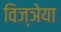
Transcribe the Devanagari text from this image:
विज्ञेया